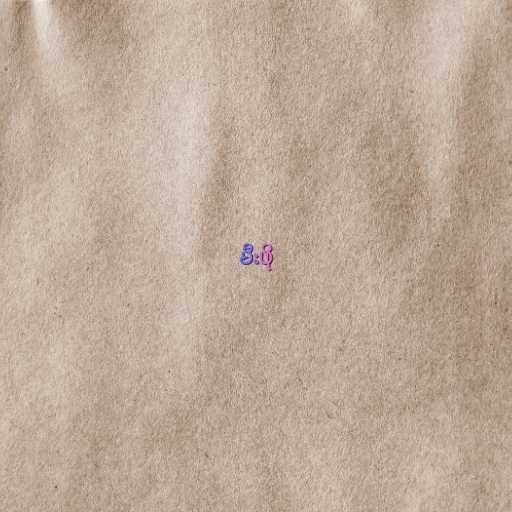
မီးဖို